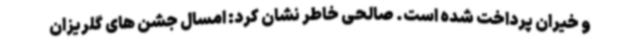
و خیران پرداخت شده است. صالحی خاطر نشان کرد: امسال جشن های گلریزان